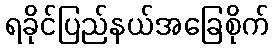
ရခိုင်ပြည်နယ်အခြေစိုက်